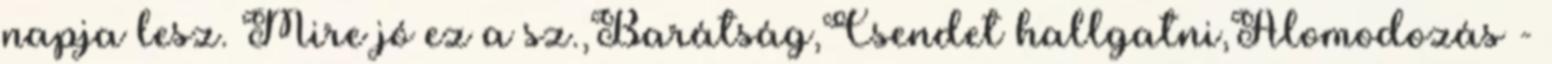
napja lesz. Mire jó ez a sz.,Barátság,Csendet hallgatni,Álomodozás -